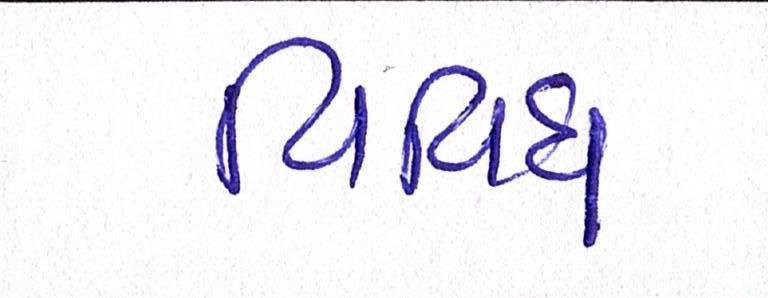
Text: વિવિધ